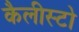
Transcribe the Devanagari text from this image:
कैलीस्टो